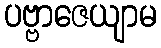
ပဗ္ဗာဇေယျာမ